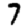
Digit: 7